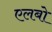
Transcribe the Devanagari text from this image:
एलबो